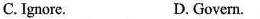
C. Ignore. D. Govern.